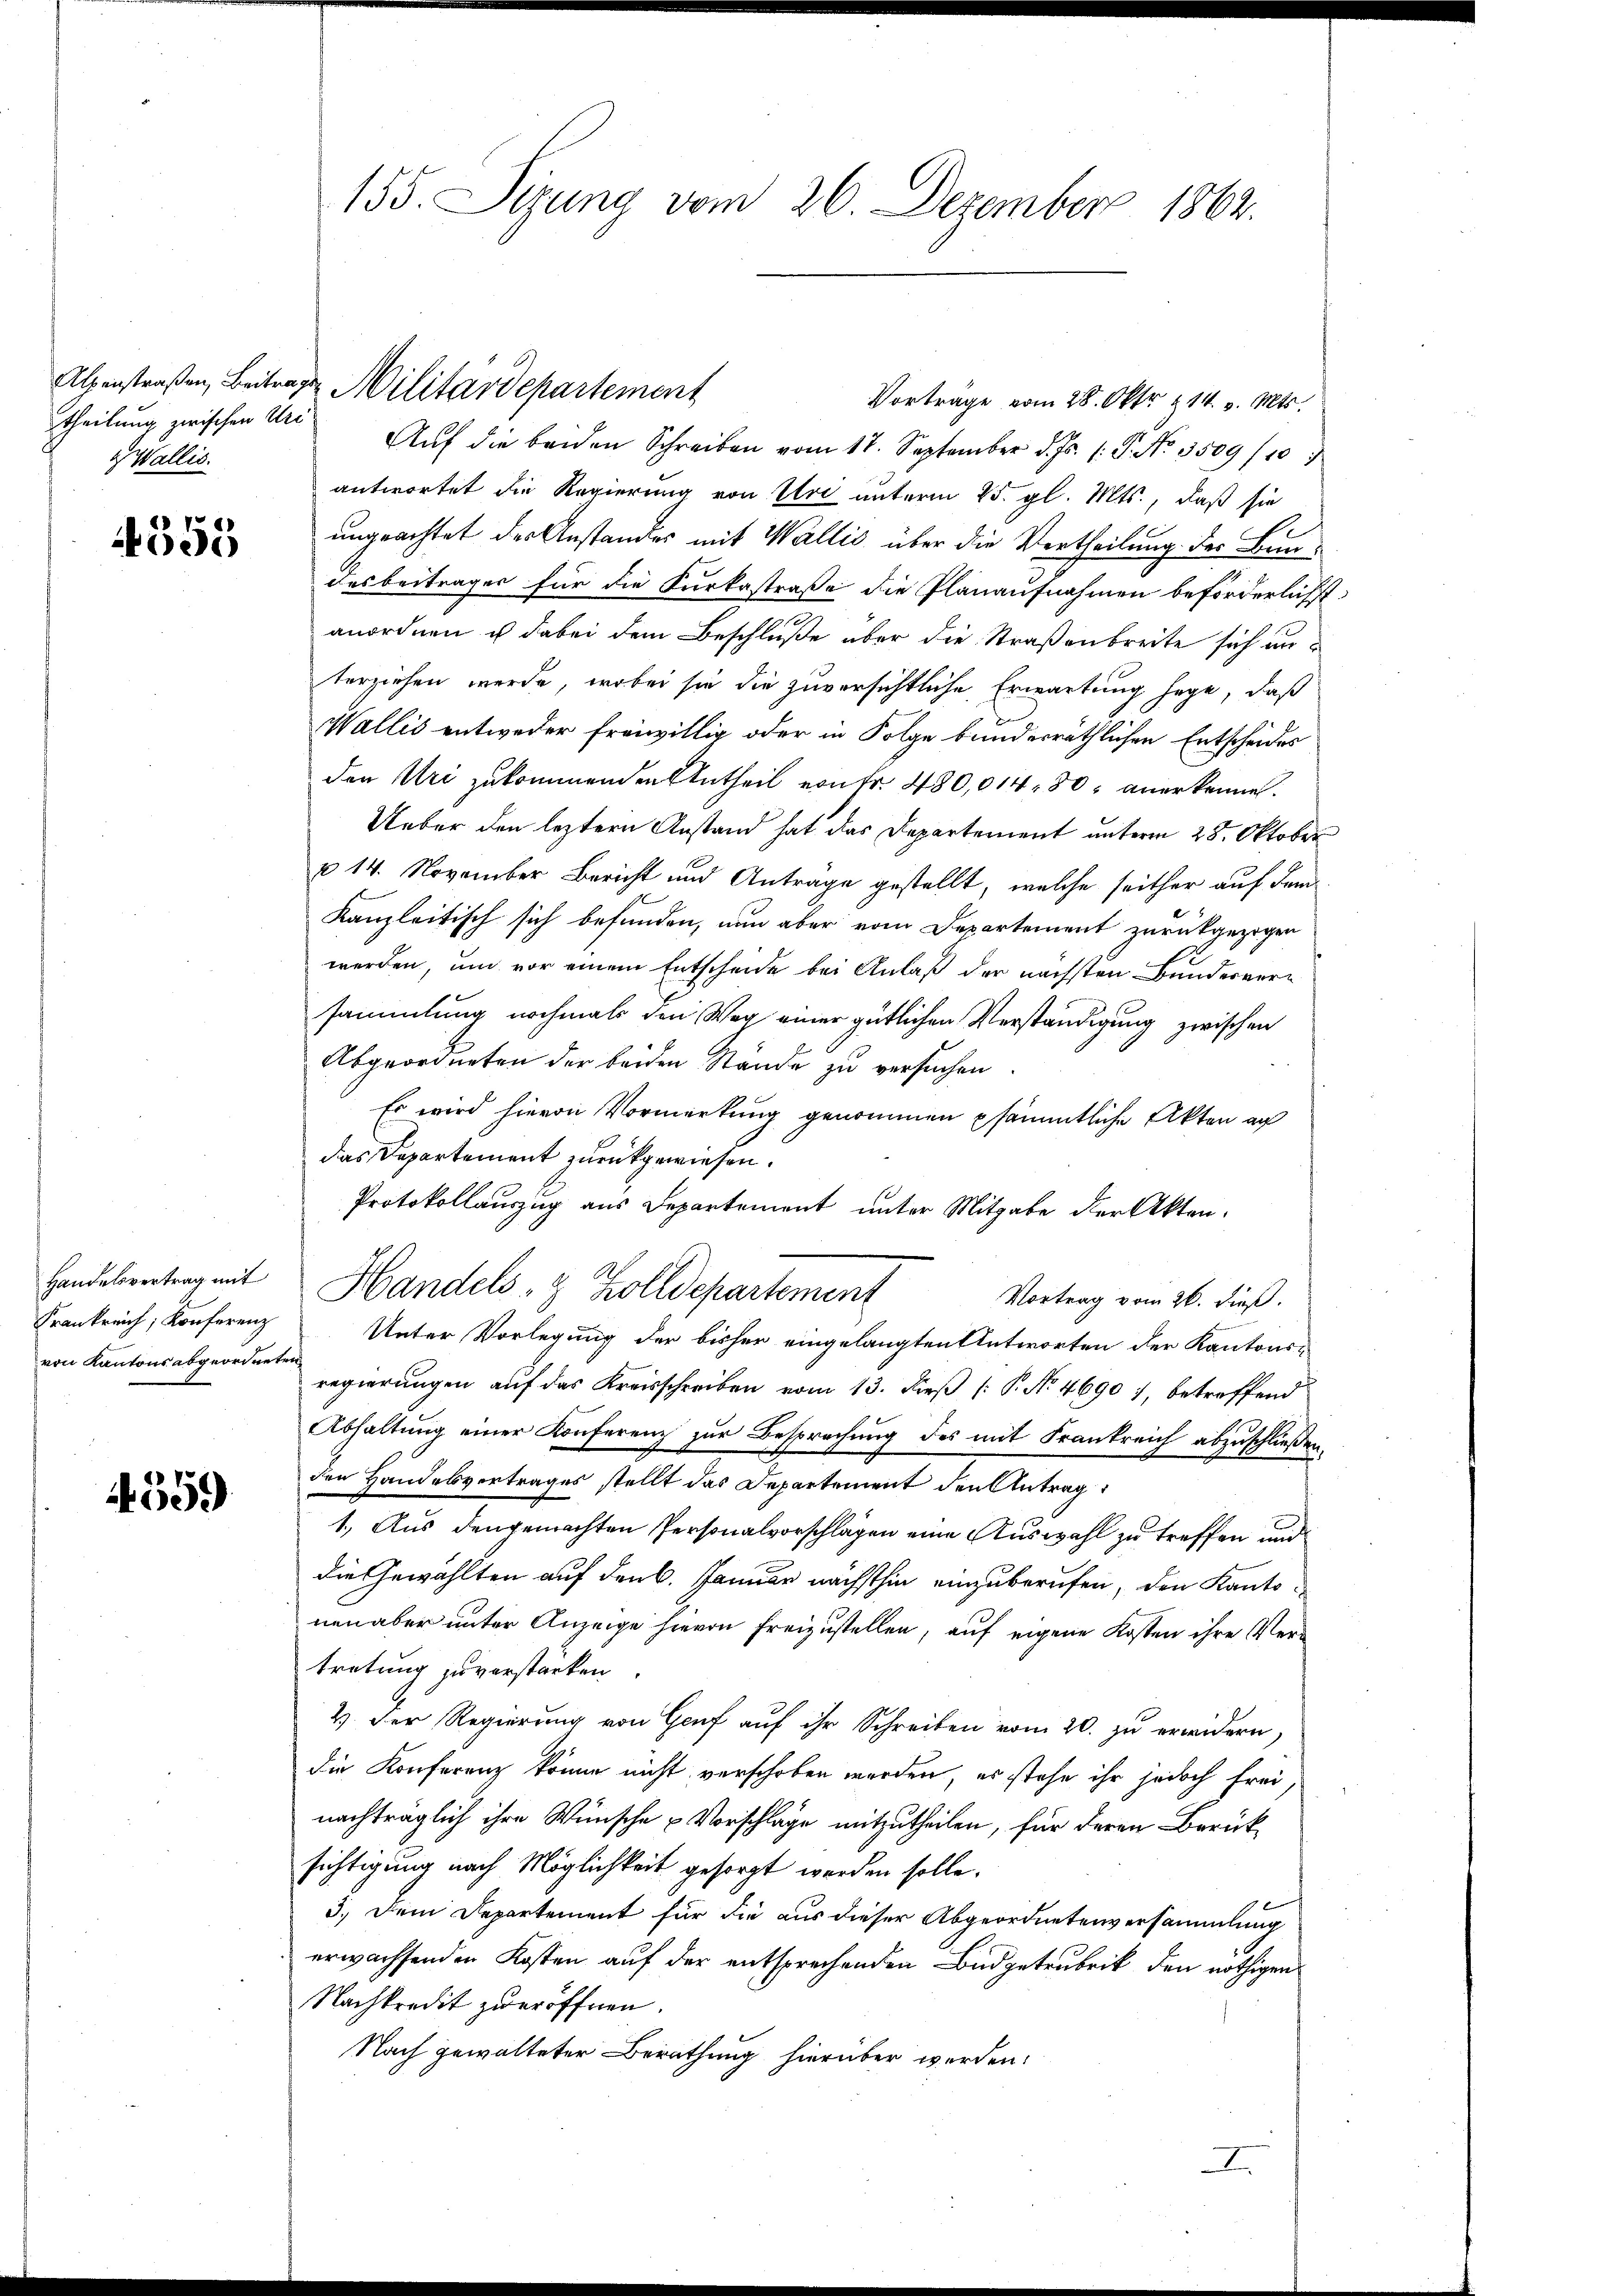
theilung zwischen Uri
Wallis.

555

Frankreich, Konferenz
von Kantons abgeordneten,

4559

Vortrage vom 28. Okt. 114. v. Mts.
Aŭf die beiden Schreiben vom 17. September d. Js. 1. P. No. 3509/10
antwortet die Regierung von Uri unterm 25. gl. Mts., daß sie
ungeachtet der Anstandes mit Wallis über die Vertheilung der Bun¬
Das Beiträger für die Kurkastraße die Planaufnahmen beförderlichst
anordnen u dabei dem Beschluße aber die Straßenbreite sich unterziehen werde, wobei sie die zuversichtliche Erwartung hege, daß
Wallis entweder freiwillig oder in Folge bunderräthlichen Entscheides
den Uri zukommenden Antheil von Fr. 480,014 80 anerkennen.
Ueber den leztern Anstand hat das Departement unterm 25. Oktober
u 14. November Bericht und Antrage gestellt, welche seither auf dem
.
Kanzleitisch sich befunden, nun aber vom Departement zurückgezogen
werden, und vor einem Entscheide bei Anlaß der nächsten Bundesversammlung nochmals den Weg einer gütlichen Verständigung zwischen
Abgeordneten der beiden Stände zu versuchen
Es wird hievon Vormerkung genommen psämmtliche Akten au
das Departement zurückgewiesen.
Protokollauszug aus Departement unter Mitgabe der Akten.
A
Handelsvertrag mit Handels- & Zolldepartement
Vortrag vom 26. dieß.
Unter Vorlegung der bisher eingelangten Antworten der Kantons-
regierungen auf das Kreisschreiben vom 13. dieß P. No. 4690), betreffend
Abhaltung einer Konferenz zur Besprechung des mit Frankreich abzuschließen.
den Handesvertrages stellt das Departement den Antrag
1.) Aus den gemachten Personalvorschlagen eine Auswahl zu treffen und
die Gewählten auf den 6. Januar nächsthin einzuberufen, den Kantonen aber unter Anzeige hievon freizustellen, auf eigene Kosten ihre Vertretung zu verstarken.
4. Der Regierung von Genf auf ihr Schreiben vom 20. zu erwidern,
die Konferenz könne nicht verschoben werden, es stehe ihr jedoch frei,
nachträglich ihre Wünsche u Vorschlage mitzutheilen, für deren Berücksichtigung nach Möglichkeit gesorgt werden solle.
3.) Dem Departement für die aus dieser Abgeordnetenversammlung
erwachsenden Kosten auf der entsprechenden Budgetrubrik den nöthigen
Nachkredit zu eröffnen.
Nach gewalteter Berathung hierüber werden.
A

155. Sizung vom 26. Dezember 1862.

Alpenstraßen, Beitrages Militärdepartement